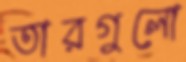
তারগুলো